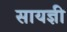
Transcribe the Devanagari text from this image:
सायज्ञी